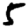
Digit: 5